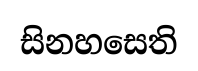
සිනහසෙති